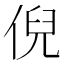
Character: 倪